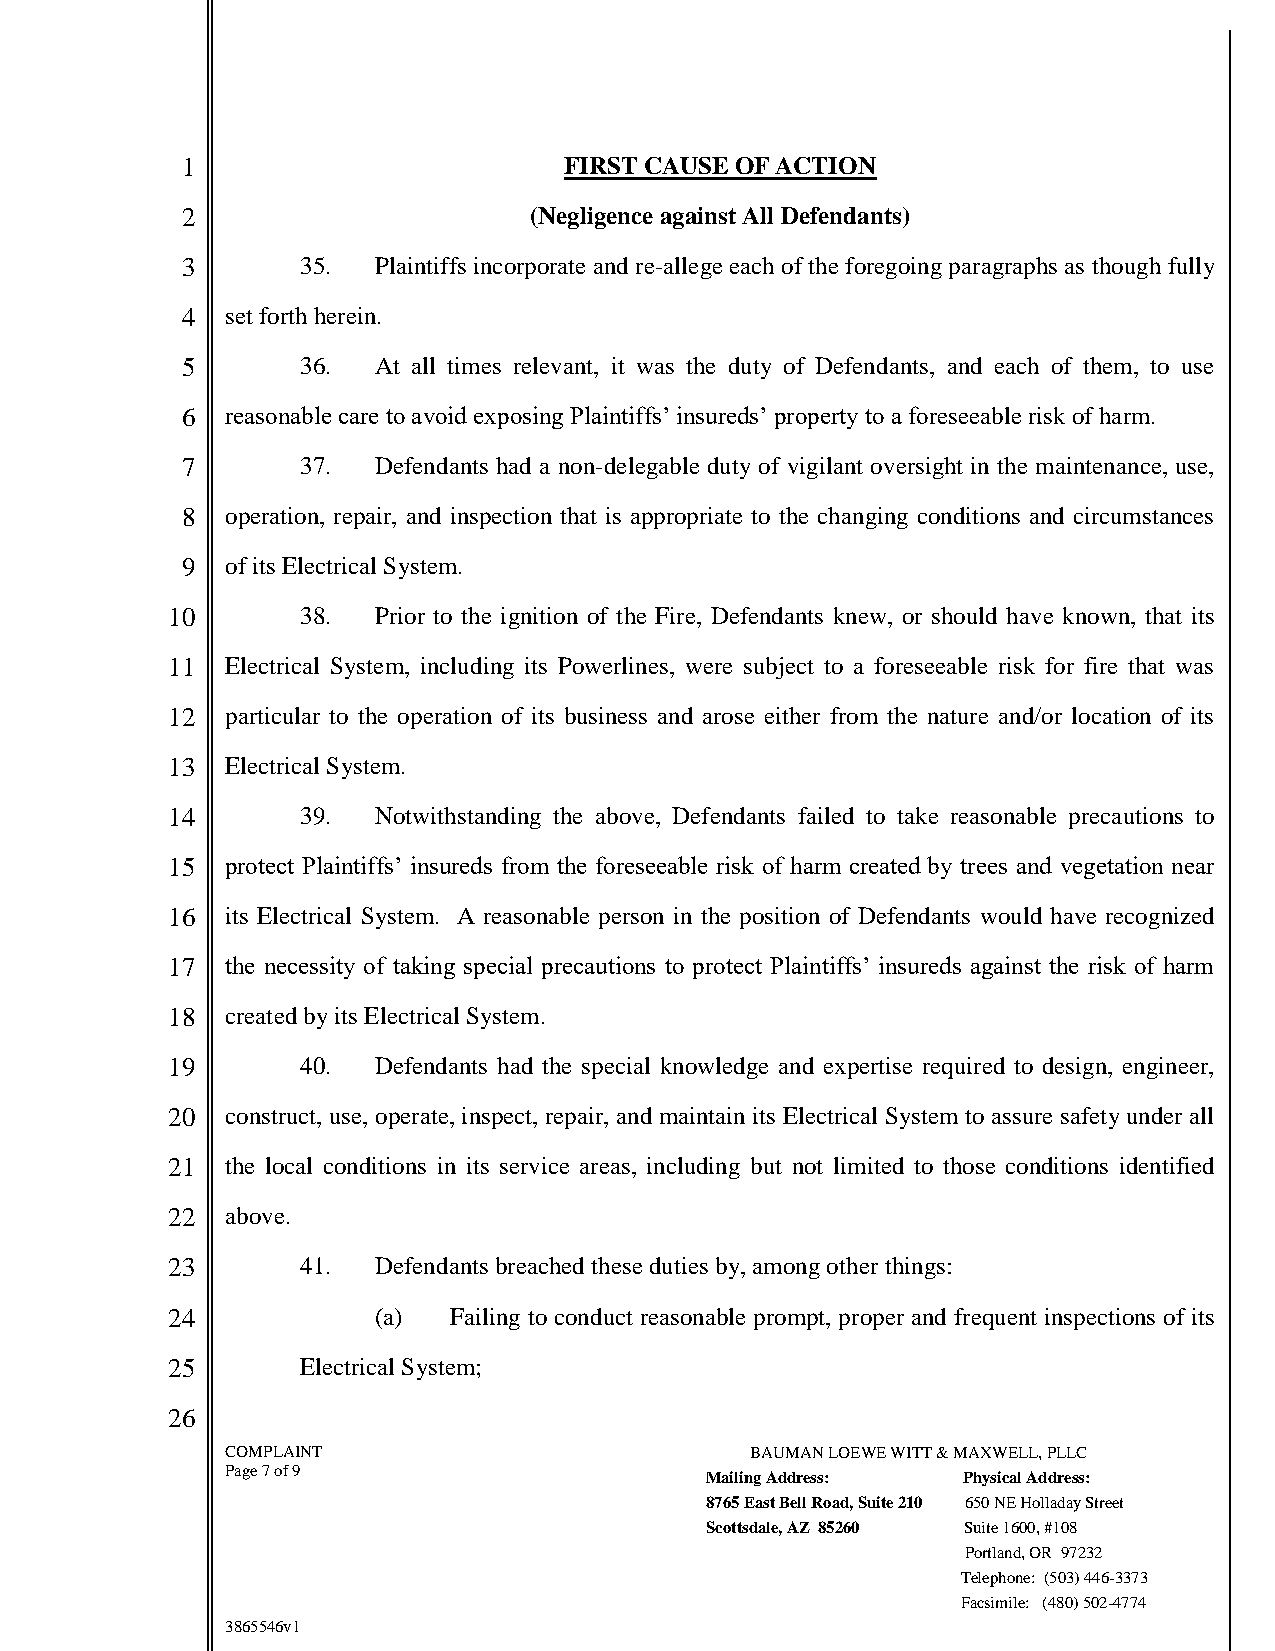
1                        FIRST CAUSE OF ACTION
 2                      (Negligence against All Defendants)
 3       35.  Plaintiffs incorporate and re-allege each of the foregoing paragraphs as though fully
 4  set forth herein.
 5       36.  At all times relevant, it was the duty of Defendants, and each of them, to use
 6  reasonable care to avoid exposing Plaintiffs’ insureds’ property to a foreseeable risk of harm.
 7       37.  Defendants had a non-delegable duty of vigilant oversight in the maintenance, use,
 8  operation, repair, and inspection that is appropriate to the changing conditions and circumstances
 9  of its Electrical System.
 10       38.  Prior to the ignition of the Fire, Defendants knew, or should have known, that its
 11  Electrical System, including its Powerlines, were subject to a foreseeable risk for fire that was
 12  particular to the operation of its business and arose either from the nature and/or location of its
 13  Electrical System.
 14       39.  Notwithstanding the above, Defendants failed to take reasonable precautions to
 15  protect Plaintiffs’ insureds from the foreseeable risk of harm created by trees and vegetation near
 16  its Electrical System. A reasonable person in the position of Defendants would have recognized
 17  the necessity of taking special precautions to protect Plaintiffs’ insureds against the risk of harm
 18  created by its Electrical System.
 19       40.  Defendants had the special knowledge and expertise required to design, engineer,
 20  construct, use, operate, inspect, repair, and maintain its Electrical System to assure safety under all
 21  the local conditions in its service areas, including but not limited to those conditions identified
 22  above.
 23       41.  Defendants breached these duties by, among other things:
 24            (a)  Failing to conduct reasonable prompt, proper and frequent inspections of its
 25       Electrical System;
 26
 COMPLAINT                          BAUMAN LOEWE WITT & MAXWELL, PLLC
 Page 7 of 9
 Mailing Address: Physical Address:
 8765 East Bell Road, Suite 210 650 NE Holladay Street
 Scottsdale, AZ 85260 Suite 1600, #108
 Portland, OR 97232
 Telephone: (503) 446-3373
 Facsimile: (480) 502-4774
 3865546v1